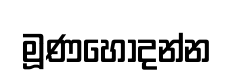
මූණහෝදන්න